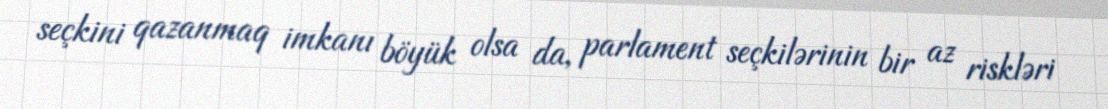
seçkini qazanmaq imkanı böyük olsa da, parlament seçkilərinin bir az riskləri